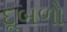
દૂબળો